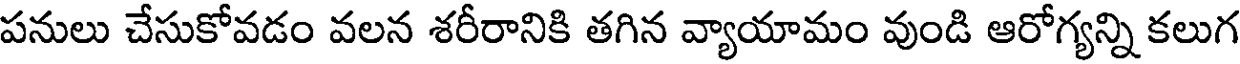
పనులు చేసుకోవడం వలన శరీరానికి తగిన వ్యాయామం వుండి ఆరోగ్యన్ని కలుగ